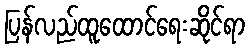
ပြန်လည်ထူထောင်ရေးဆိုင်ရာ